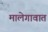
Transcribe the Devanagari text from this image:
मालेगावात